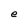
Character: e